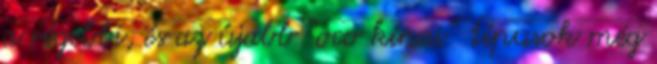
a régebbi, és az újabb “oco kínai” típusok még